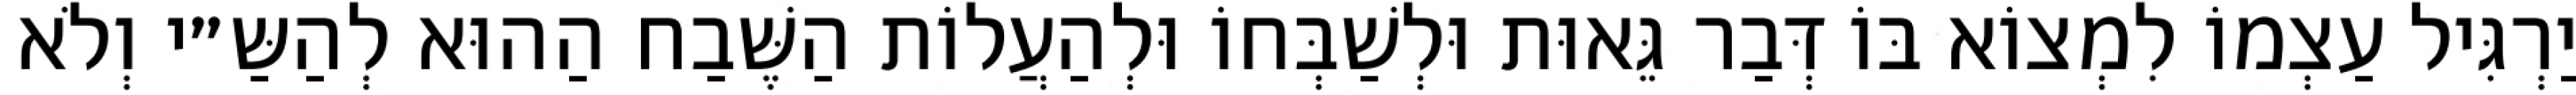
יַרְגִּיל עַצְמוֹ לִמְצוֹא בּוֹ דְּבַר גֵּאוּת וּלְשַׁבְּחוֹ וּלְהַעֲלוֹת הַשֶּׁבַח הַהוּא לְהַשַּ״י וְלֹא